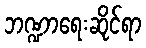
ဘဏ္ဍာရေးဆိုင်ရာ